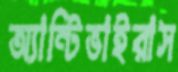
অ্যান্টিভাইরাস